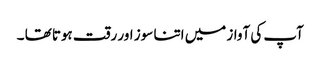
آپ کی آواز میں اتنا سوز اور رقت ہوتا تھا ۔